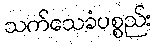
သက်သေခံပစ္စည်း